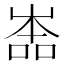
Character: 𡴡